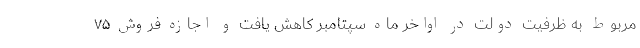
مربوط به ظرفیت دولت در اواخر ماه سپتامبر کاهش یافت و اجازه فروش ۷۵